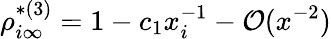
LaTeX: \rho_{i\infty}^{*(3)}=1-c_{1}x_{i}^{-1}-\mathcal{O}(x^{-2})